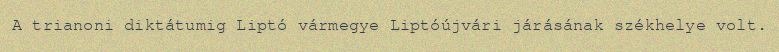
A trianoni diktátumig Liptó vármegye Liptóújvári járásának székhelye volt.